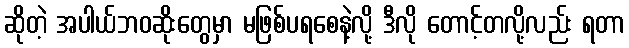
ဆိုတဲ့ အပါယ်ဘဝဆိုးတွေမှာ မဖြစ်ပရစေနဲ့လို့ ဒီလို တောင့်တလို့လည်း ရတာ